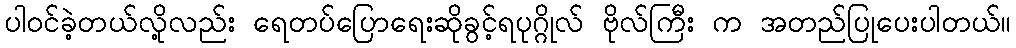
ပါဝင်ခဲ့တယ်လို့လည်း ရေတပ်ပြောရေးဆိုခွင့်ရပုဂ္ဂိုလ် ဗိုလ်ကြီး က အတည်ပြုပေးပါတယ်။